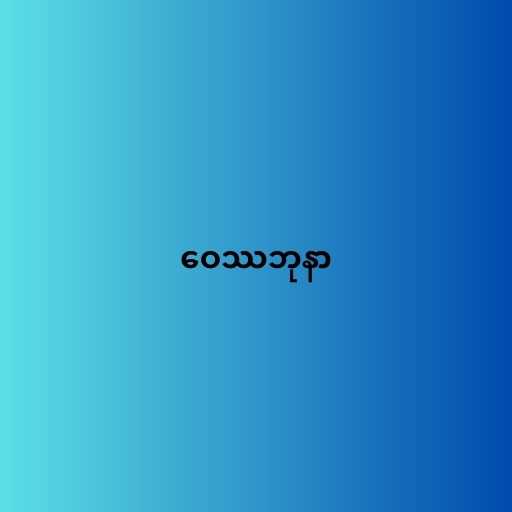
ဝေဿဘုနာ